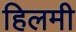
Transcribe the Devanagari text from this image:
हिलमी